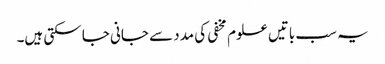
یہ سب باتیں علوم مخفی کی مدد سے جانی جا سکتی ہیں۔